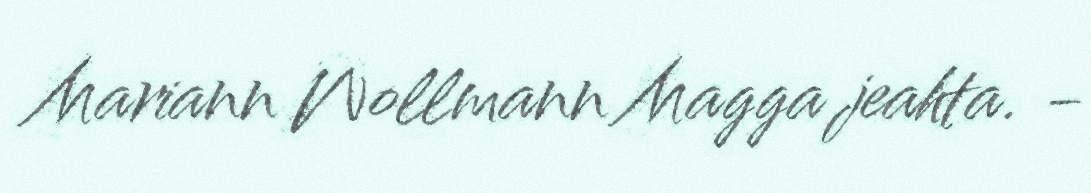
Mariann Wollmann Magga jeahta. -